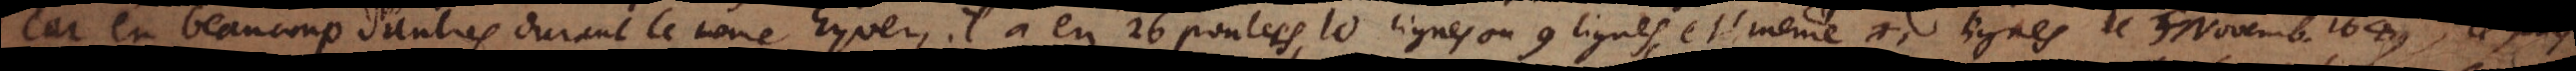
car en beaucoup d’autres durant le même hyver, il a eu 26 poulces, 10 lignes ou 9 lignes, et même XI lignes le 5 Novemb. 1649.